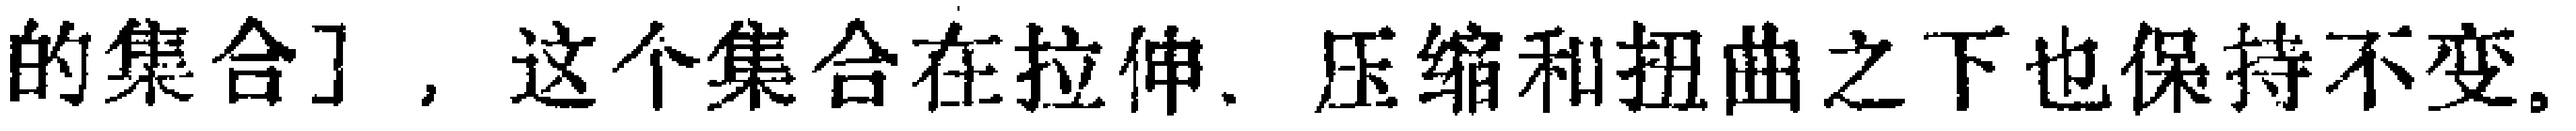
的集合]，这个集合在拉伸、压缩和扭曲之下也保持不变。